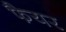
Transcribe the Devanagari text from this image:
फैयर